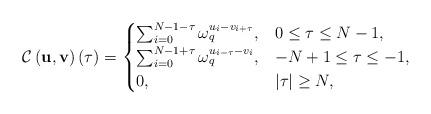
LaTeX: \begin{align*}\mathcal{C}\left({\mathbf{u}, \mathbf{v}}\right)(\tau)=\begin{cases}\sum_{i=0}^{N-1-\tau} \omega_q^{u_{i}-v_{i+\tau}}, & 0 \leq \tau \leq N-1, \\\sum_{i=0}^{N-1+\tau} \omega_q^{u_{i-\tau}-v_{i}}, & -N+1 \leq \tau \leq-1, \\0, & |\tau| \geq N,\end{cases}\end{align*}